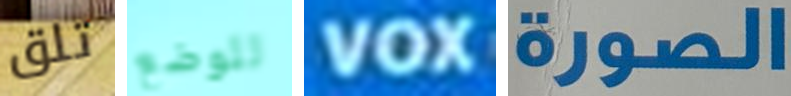
تلق للوضع VOX الصورة